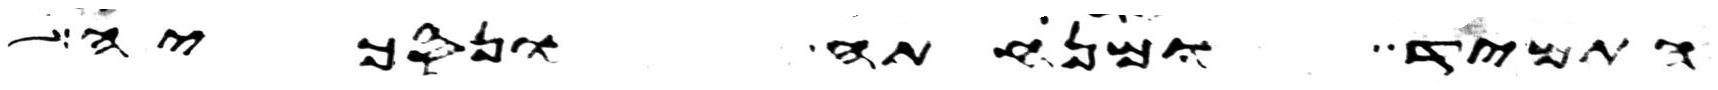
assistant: התמיד ומנחתה ונסכיה